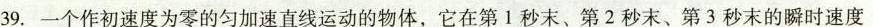
39.一个作初速度为零的匀加速直线运动的物体，它在第1秒末、第2秒末、第3秒末的瞬时速度